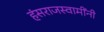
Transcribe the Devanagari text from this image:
हंसराजस्वामींनी